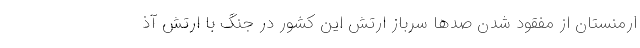
ارمنستان ‌از مفقود شدن صدها سرباز ارتش این کشور در جنگ با ارتش آذ